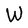
Character: W